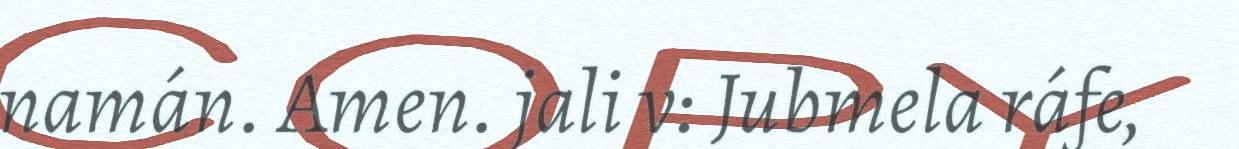
namán. Amen. jali v: Jubmela ráfe,